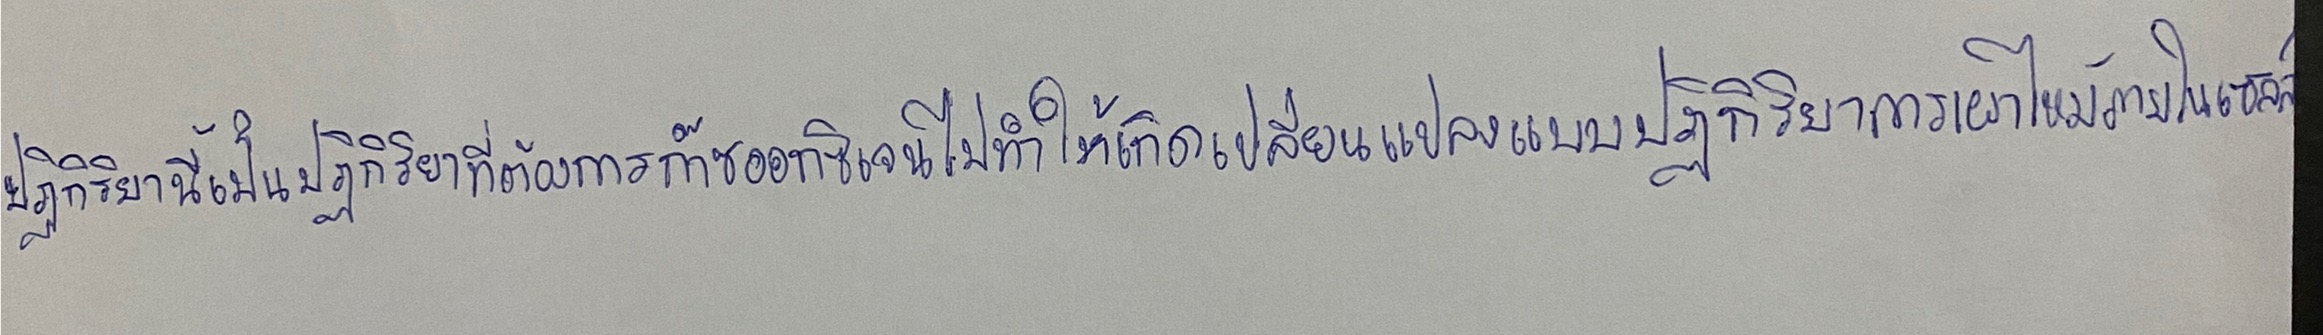
ปฏิกิริยานี้เป็นปฏิกิริยาที่ต้องการก๊าซออกซิเจนไปทำให้เกิดการเปลี่ยนแปลงแบบปฏิกิริยาการเผาไหม้ภายในเซลล์